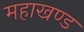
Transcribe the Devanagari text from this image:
महाखण्ड